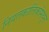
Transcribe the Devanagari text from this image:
नियतकालिंकांमधून